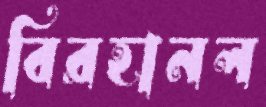
বিরহানল